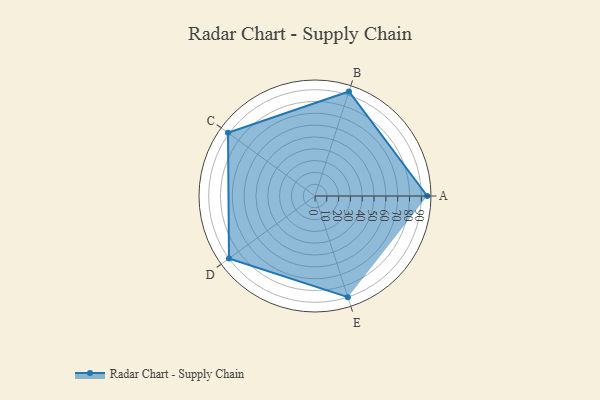
{"axis": {"x": "Skill", "y": "Score"}, "legend": ["Profile"], "data": [{"x": "A", "y": 95.0, "type": "Profile"}, {"x": "B", "y": 93.0, "type": "Profile"}, {"x": "C", "y": 91.0, "type": "Profile"}, {"x": "D", "y": 90.0, "type": "Profile"}, {"x": "E", "y": 90.0, "type": "Profile"}]}